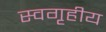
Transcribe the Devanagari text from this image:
स्वगृहीय